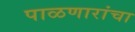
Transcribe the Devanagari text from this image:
पाळणारांचा